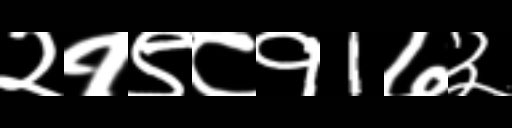
Text: २१९८१1७३